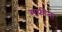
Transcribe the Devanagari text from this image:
सफ़ीना